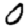
Digit: 0